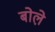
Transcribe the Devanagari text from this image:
बोले़